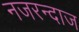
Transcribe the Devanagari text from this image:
नजरन्दाज